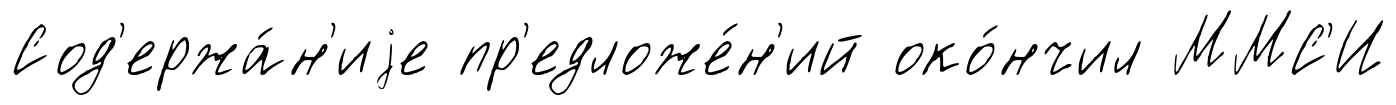
Сод'ержа́н'иjе пр'едложе́н'ий око́нчил ММС'И